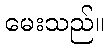
မေးသည်။